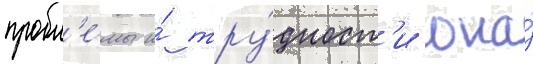
пробл'е́мы и́ тру́дност'и она́